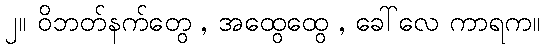
၂။ ဝိဘတ်နက်တွေ , အထွေထွေ , ခေါ်လေ ကာရက။